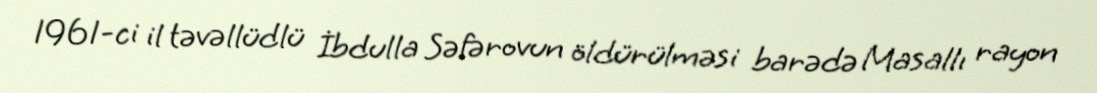
1961-ci il təvəllüdlü İbdulla Səfərovun öldürülməsi barədə Masallı rayon